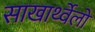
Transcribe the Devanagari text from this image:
साखार्थ्वेलो